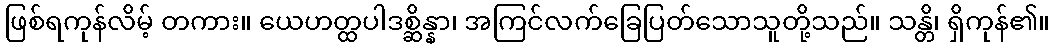
ဖြစ်ရကုန်လိမ့် တကား။ ယေဟတ္ထပါဒစ္ဆိန္နာ၊ အကြင်လက်ခြေပြတ်သောသူတို့သည်။ သန္တိ၊ ရှိကုန်၏။